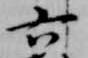
六